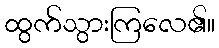
ထွက်သွားကြလေ၏။